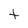
Character: t